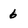
Character: 6